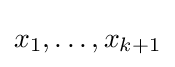
x_{1},\dots ,x_{k+1}